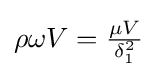
{\rho }{\omega }V={\tfrac {\mu V}{\delta _{1}^{2}}}\,\!